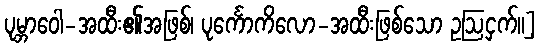
ပုမ္ဘာဝေါ-အထီး၏အဖြစ်၊ ပုင်္ကောကိလော-အထီးဖြစ်သော ဥဩငှက်။]